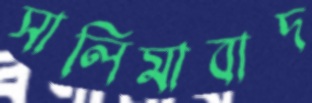
সালিমাবাদ